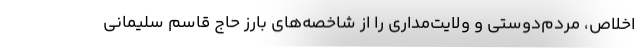
اخلاص، مردم‌دوستی و ولایت‌مداری را از شاخصه‌های بارز حاج قاسم سلیمانی